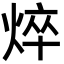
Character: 焠